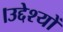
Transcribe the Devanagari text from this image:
।उद्देश्यों